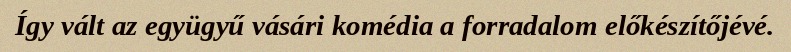
Így vált az együgyű vásári komédia a forradalom előkészítőjévé.